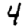
Digit: 4